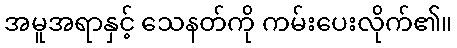
အမူအရာနှင့် သေနတ်ကို ကမ်းပေးလိုက်၏။